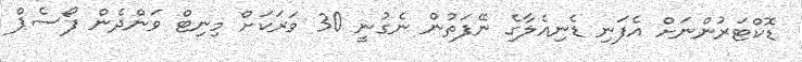
ޑޮކްޓަރުންނަށް އެފަނި ޑެނިއެލާގެ ނޭފަތުން ނެގުނީ 30 ވަރަކަށް މިނިޓް ވަންދެން ފޯސެޕް